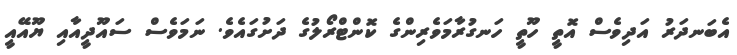
އެބަނދަރު އަދިވެސް އޮތީ ހޫތީ ހަނގުރާމަވެރިންގެ ކޮންޓްރޯލުގެ ދަށުގައެވެ. ނަމަވެސް ސައޫދީއާއި ޔޫއޭއީ